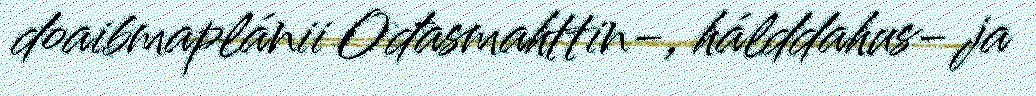
doaibmaplánii Ođasmahttin-, hálddahus- ja